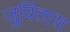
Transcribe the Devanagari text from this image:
जुविंतास